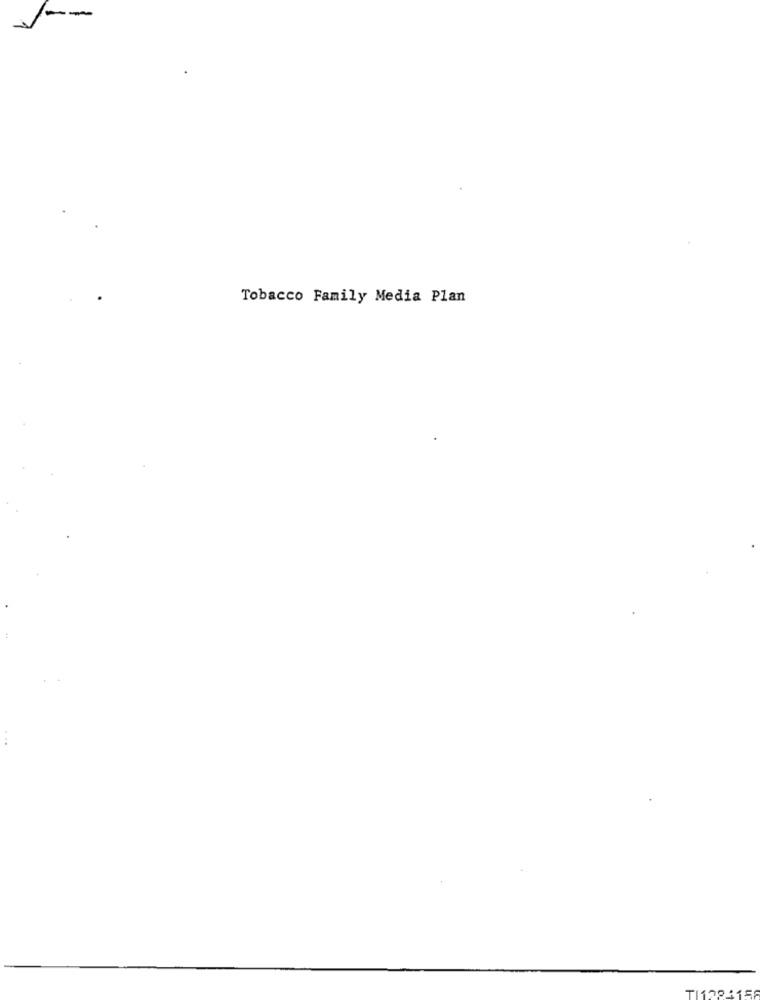
Tobacco Family Media Plan
TI12811580